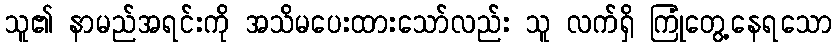
သူ၏ နာမည်အရင်းကို အသိမပေးထားသော်လည်း သူ လက်ရှိ ကြုံတွေ့နေရသော